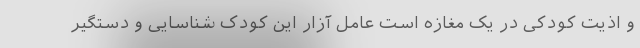
و اذیت کودکی در یک مغازه است عامل آزار این‌ کودک شناسایی و دستگیر